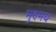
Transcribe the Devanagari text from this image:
मुण्मय